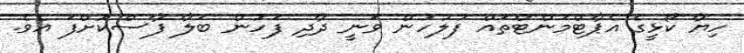
ހިޔާ ކޯޅީގެ އެޕާޓްމަންޓްތައް ފުލުހުން ވަނީ ދާދި ފަހުން ބަލާ ފާސްކޮށްފަ އެވެ.